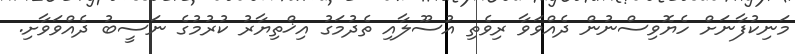
މަނިކުފާނަށް ހެޔޮވިސްނުން ދެއްވަވާ ރިވެތި އުސޫލާއި ތެދުމަގު އިޚްތިޔާރު ކުރުމުގެ ނަސީބު ދެއްވަވާށި.